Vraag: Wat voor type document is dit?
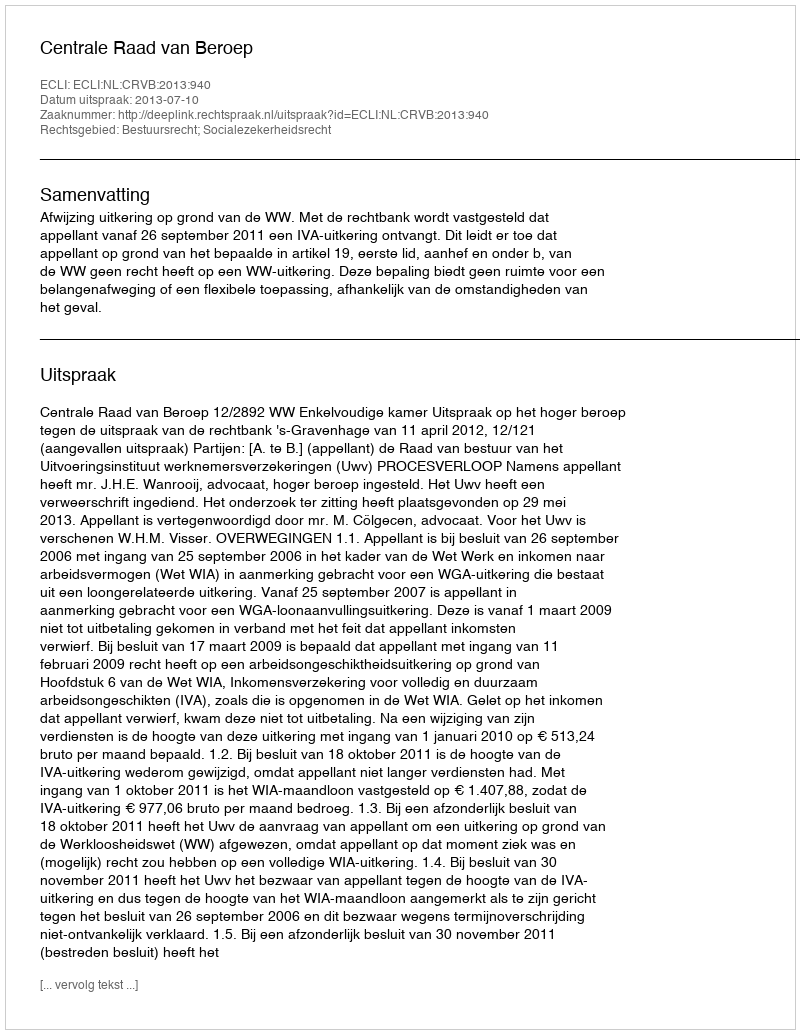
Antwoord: Uitspraak